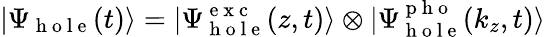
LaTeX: |\Psi_{\mathrm{~h~o~l~e~}}(t)\rangle=|\Psi_{\mathrm{~h~o~l~e~}}^{\mathrm{~e~x~c~}}(z,t)\rangle\otimes|\Psi_{\mathrm{~h~o~l~e~}}^{\mathrm{~p~h~o~}}(k_{z},t)\rangle